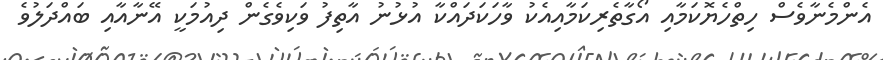
އެންމެނާވެސް ހިތްހެޔޮކަމާއި އޯގާތެރިކަމާއިއެކު ވާހަކަދައްކާ އުޅުނު އާތިފު ވަކިވެގެން ދިއުމަކީ އޭނާއާއި ބައްދަލުވެ